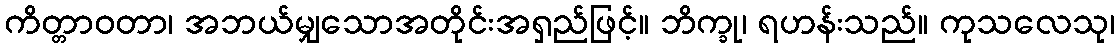
ကိတ္တာဝတာ၊ အဘယ်မျှသောအတိုင်းအရှည်ဖြင့်။ ဘိက္ခု၊ ရဟန်းသည်။ ကုသလေသု၊